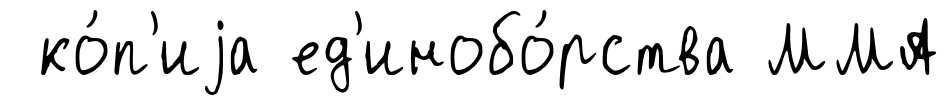
ко́п'иjа ед'инобо́рства ММА